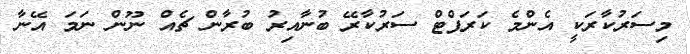
މިސަރުކާރަކީ އެންމެ ކަރަޕްޓް ސަރުކާރޭ ބުނާއިރު ބުރާން ޗެއް ނޫން ނަމަ އޭނާ